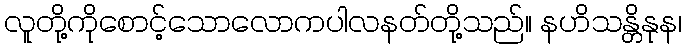
လူတို့ကိုစောင့်သောလောကပါလနတ်တို့သည်။ နဟိသန္တိနုန၊